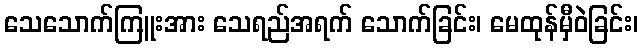
သေသောက်ကြူးအား သေရည်အရက် သောက်ခြင်း၊ မေထုန်မှီဝဲခြင်း၊